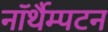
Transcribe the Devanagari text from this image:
नॉर्थैम्पटन